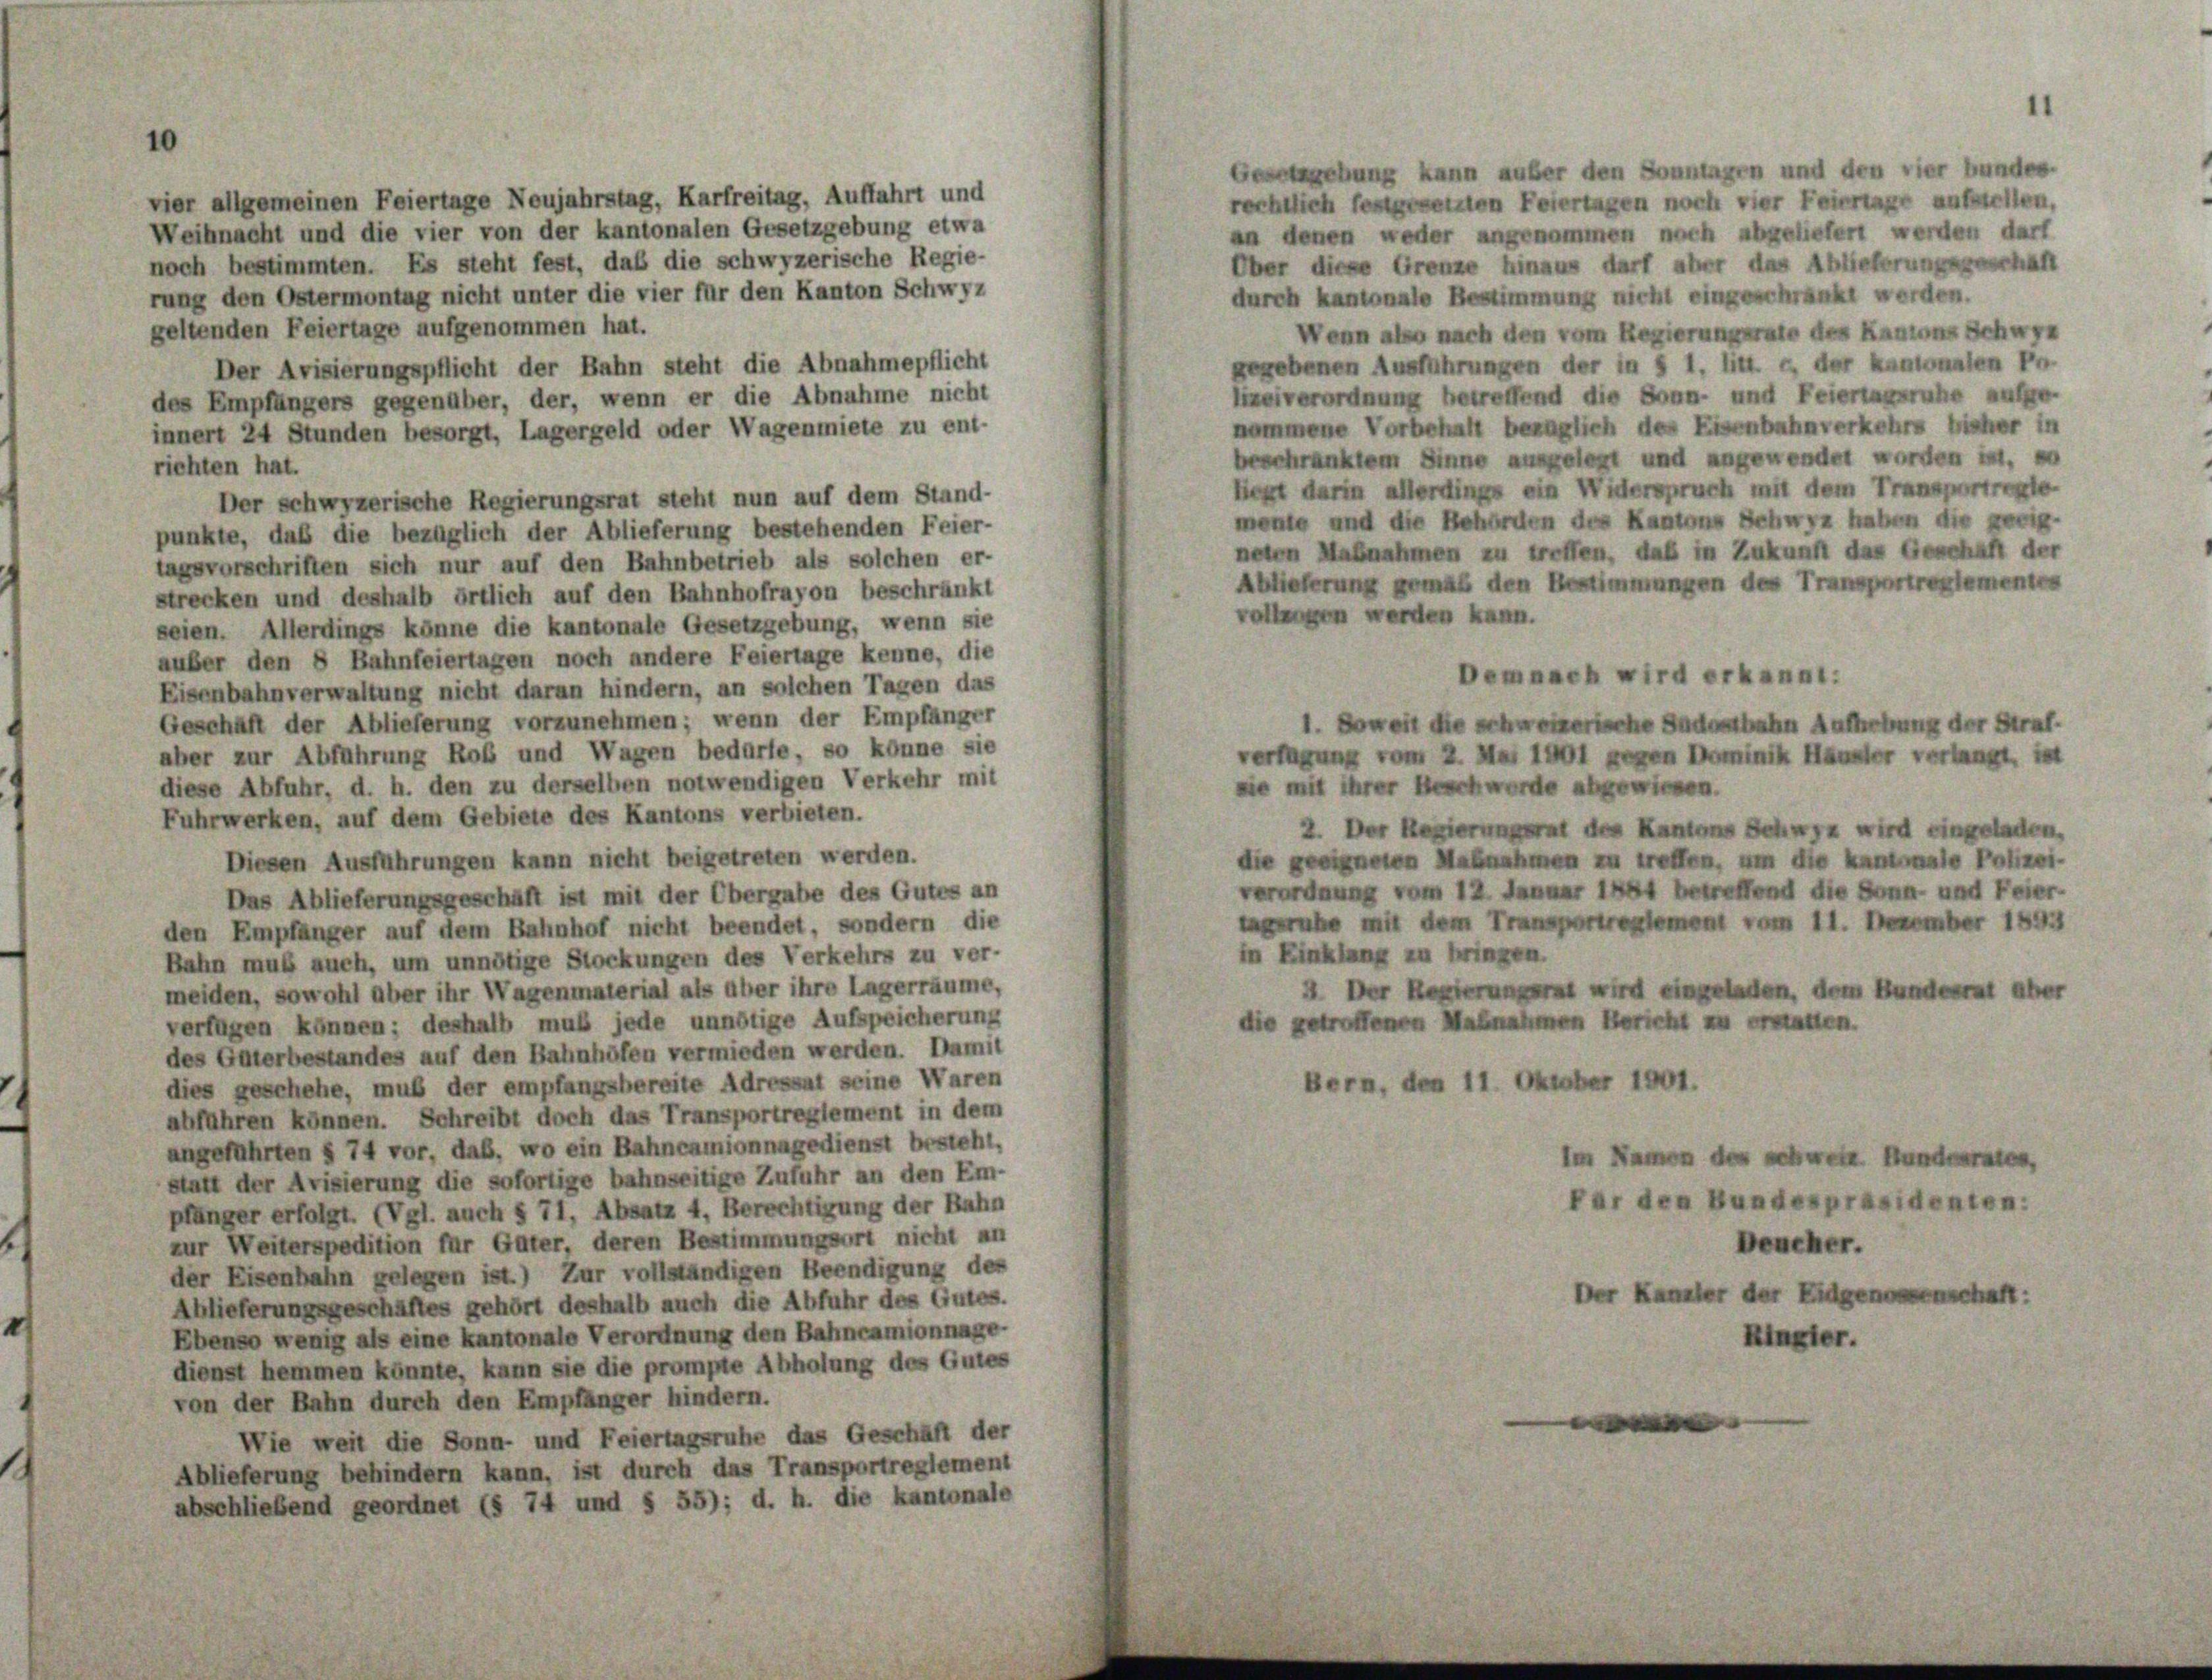
hier allgemeinen Feiertage Neujahrstag, Karfreitag, Auffahrt und
Weihnacht und die vier von der kantonalen Gesetzgebung etwa
noch bestimmten. Es steht fest, daß die schwyzerische Regie-
ung den Ostermontag nicht unter die vier für den Kanton Schwyz
eltenden Feiertage aufgenommen hat.
Der Avisierungspflicht der Bahn steht die Abnahmepflicht
les Empfingers gegenüber, der, wenn er die Abnahme nicht
nnert 24 Stunden besorgt, Lagergeld oder Wagenmiete zu ent-
richten hat.
Der schwyzerische Regierungsrat steht nun auf dem Stand-
punkte, daß die bezüglich der Ablieferung bestehenden Feier-
tagsvorschriften sich nur auf den Bahnbetrieb als solchen er-
strecken und deshalb örtlich auf den Bahnhofrayon beschränkt
seien. Allerdings könne die kantonale Gesetzgebung, wenn sie
auber den 8 Bahnfeiertagen noch andere Feiertage kenne, die
Eisenbahnverwaltung nicht daran hindern, an solchen Tagen das
Geschäft der Ablieferung vorzunehmen; wenn der Empfänger
aber zur Abführung Rob und Wagen bedürfe, so könne sie
diese Abfuhr, d. h. den zu derselben notwendigen Verkehr mit
Fuhrwerken, auf dem Gebiete des Kantons verbieten.
Diesen Ausführungen kann nicht beigetreten werden.
Das Ablieferungsgeschäft ist mit der Übergabe des Gutes an
den Empfänger auf dem Bahnhof nicht beendet, sondern die
Bahn muß auch, um unnötige Stockungen des Verkehrs zu ver-
meiden, sowohl aber ihr Wagenmaterial als aber ihre Lagerräume,
verfügen können; deshalb muß jede unnötige Aufspeicherung
des Güterbestandes auf den Bahnhöfen vermieden werden. Damit
dies geschehe, muß der empfangsbereite Adresent seine Waren
abführen können. Schreibt doch das Transportreglement in dem
angeführten § 74 vor, daß, wo ein Bahncamionnagedienst besteht,
statt der Avisierung die sofortige bahnseitige Zufuhr an den Em-
pfänger erfolgt. (Vgl. auch § 71, Absatz 4, Berechtigung der Rahn
zur Weiterspedition für Güter, deren Bestimmungsart nicht an
der Eisenbahn gelegen ist.) Zur vollständigen Beendigung des
Ablieferungsgeschäftes gehört deshalb auch die Abfuhr des Gutes.
Ebenso wenig als eine kantonale Verordnung den Bahncamionnage-
dienst hemmen könnte, kann sie die prompte Abholung des Gutes
von der Bahn durch den Empfänger hindern.
Wie weit die Sonn- und Feiertagsruhe das Geschäft der
Ablieferung behindern kann, ist durch das Transportreglement
abschließend geordnet (§ 74 und § 55); d. h. die kantonale

Gestehung kann außer den Sonntagen und den vier bundes.
rechtlich festgesetzten Feiertagen noch vier Feiertage aufstellen,
an denen weder angenommen noch abgeliefert werden darf
Über diese Grenze hinaus darf aber das Ablieferungsgeschaft
durch kantonale Bestimmung nicht eingeschränkt werden.
Wenn also nach den vom Regierungsrate des Kantons Schwyz
gegebenen Ausführungen der in § 1. litt. e der Kantonalen Po
Liverordnung betreffend die Sonn- und Feiertagsruhe aufge-
nommene Vorbehalt bezüglich des Eisenbahnverkehrs bisher in
beschränktem Sinne angelegt und angewendet worden ist,
Rest darin allerdings ein Widerspruch mit dem Transportrente
mente und die Behörden des Kantons Schwyz haben die geeig-
neten Maßnahmen zu treffen, daß in Zukunft das Geschaft der
Ablieferung geman den Bestimmungen des Transportreglementes
vallungen werden kann.
Demnach wird erkannt:
1. Soweit die schweizerische Sachen Aufhebung der Straf.
Verfügung vom 2. Mai 1901 gegen Dominik Hauer verlangt, ist
Sie mit ihrer Beschwerde abgewiesen.
2. Der Regierungsrat des Kantons Schwyz wird eingeladen,
die geeigneten nahme zu treffen, um die Kanale Polizei
verordnung vom 12. Januar 1884 betreffend die Sonn- und Feier-
Bern mit dem Transportreglement vom 11. Dezember 1894
in Kinklang zu bringen.
3. Der Regierung wird eingeladen, dem Bundesrat aber
die getroffenen Maßnahmen Bericht in erstatten
Bern, den 11. Oktober 1901.

Im Namen den Schweiz. B
Für den Bundespräsidenten
Beneher.